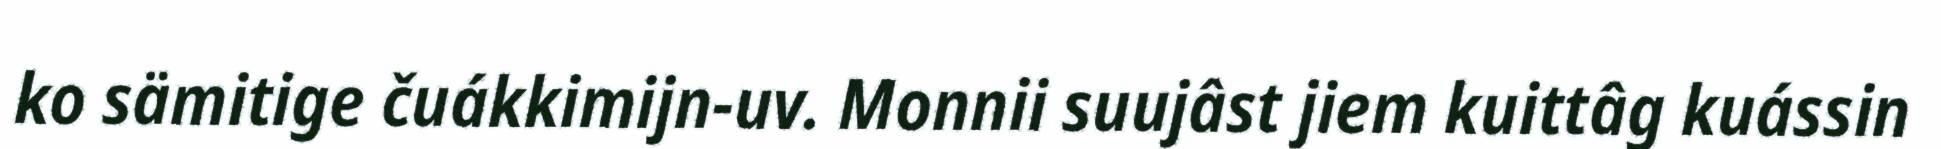
ko sämitige čuákkimijn-uv. Monnii suujâst jiem kuittâg kuássin